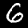
Digit: 6